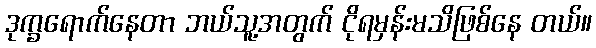
ဒုက္ခရောက်နေတာ ဘယ်သူ့အတွက် ငိုရမှန်းမသိဖြစ်နေ တယ်။